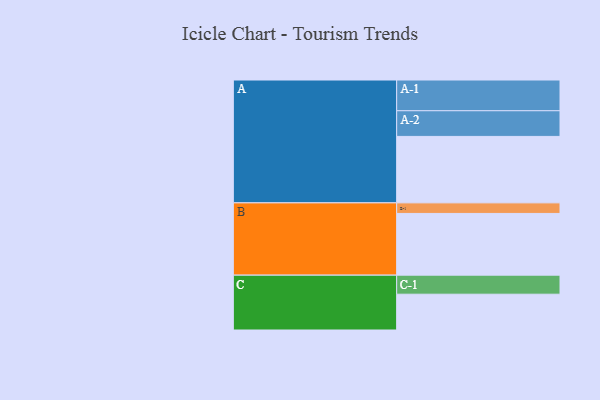
{"axis": {"x": "Segment", "y": "Value"}, "legend": ["", "A", "B", "C"], "data": [{"x": "A", "y": 590, "type": ""}, {"x": "B", "y": 548, "type": ""}, {"x": "C", "y": 318, "type": ""}, {"x": "A-1", "y": 273, "type": "A"}, {"x": "A-2", "y": 228, "type": "A"}, {"x": "B-1", "y": 94, "type": "B"}, {"x": "C-1", "y": 169, "type": "C"}]}